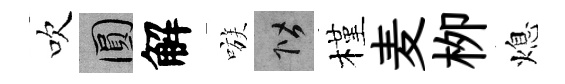
吹圓解嗾階槿麦栁熄